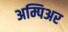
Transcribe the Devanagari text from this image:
अम्पिअर